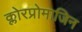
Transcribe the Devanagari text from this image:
क्लोरप्रोमाजिन